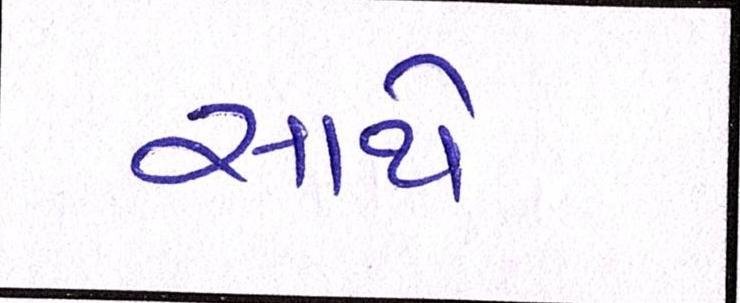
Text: સાથે